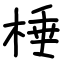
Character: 棰